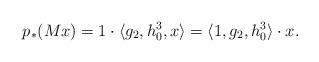
LaTeX: \begin{align*}p_*(M x) = 1 \cdot \langle g_2, h_0^3, x \rangle =\langle 1, g_2, h_0^3 \rangle \cdot x.\end{align*}